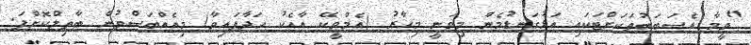
"ވީމާ އެސަބަބުތަކަށްޓަކައި އަޅުގަނޑުމެން މިވަނީ މިހާރު (އެމްވީކޭ އާއެކު ހަދާފައިވާ) މިއެއްބަސްވުން ބާތިލްކޮށްފަ.